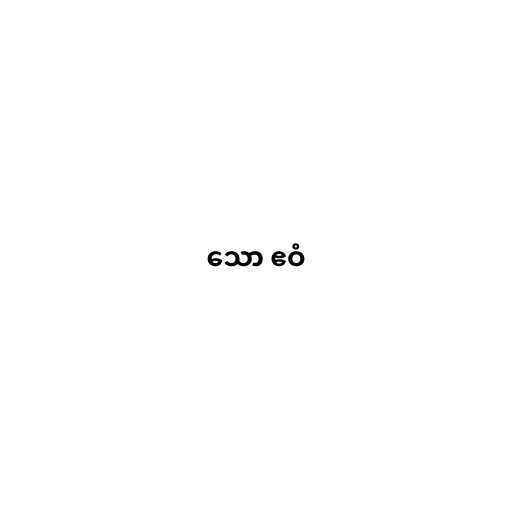
သော ဧဝံ